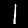
Digit: 1